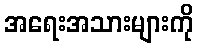
အရေးအသားများကို